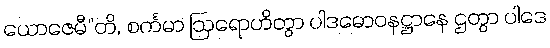
ယောဇေမီ”တိ, စင်္ကမာ ဩရောဟိတွာ ပါဒဓောဝနဋ္ဌာနေ ဌတွာ ပါဒေ